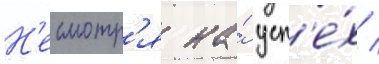
Н'есмотр'я на́ усп'е́х /